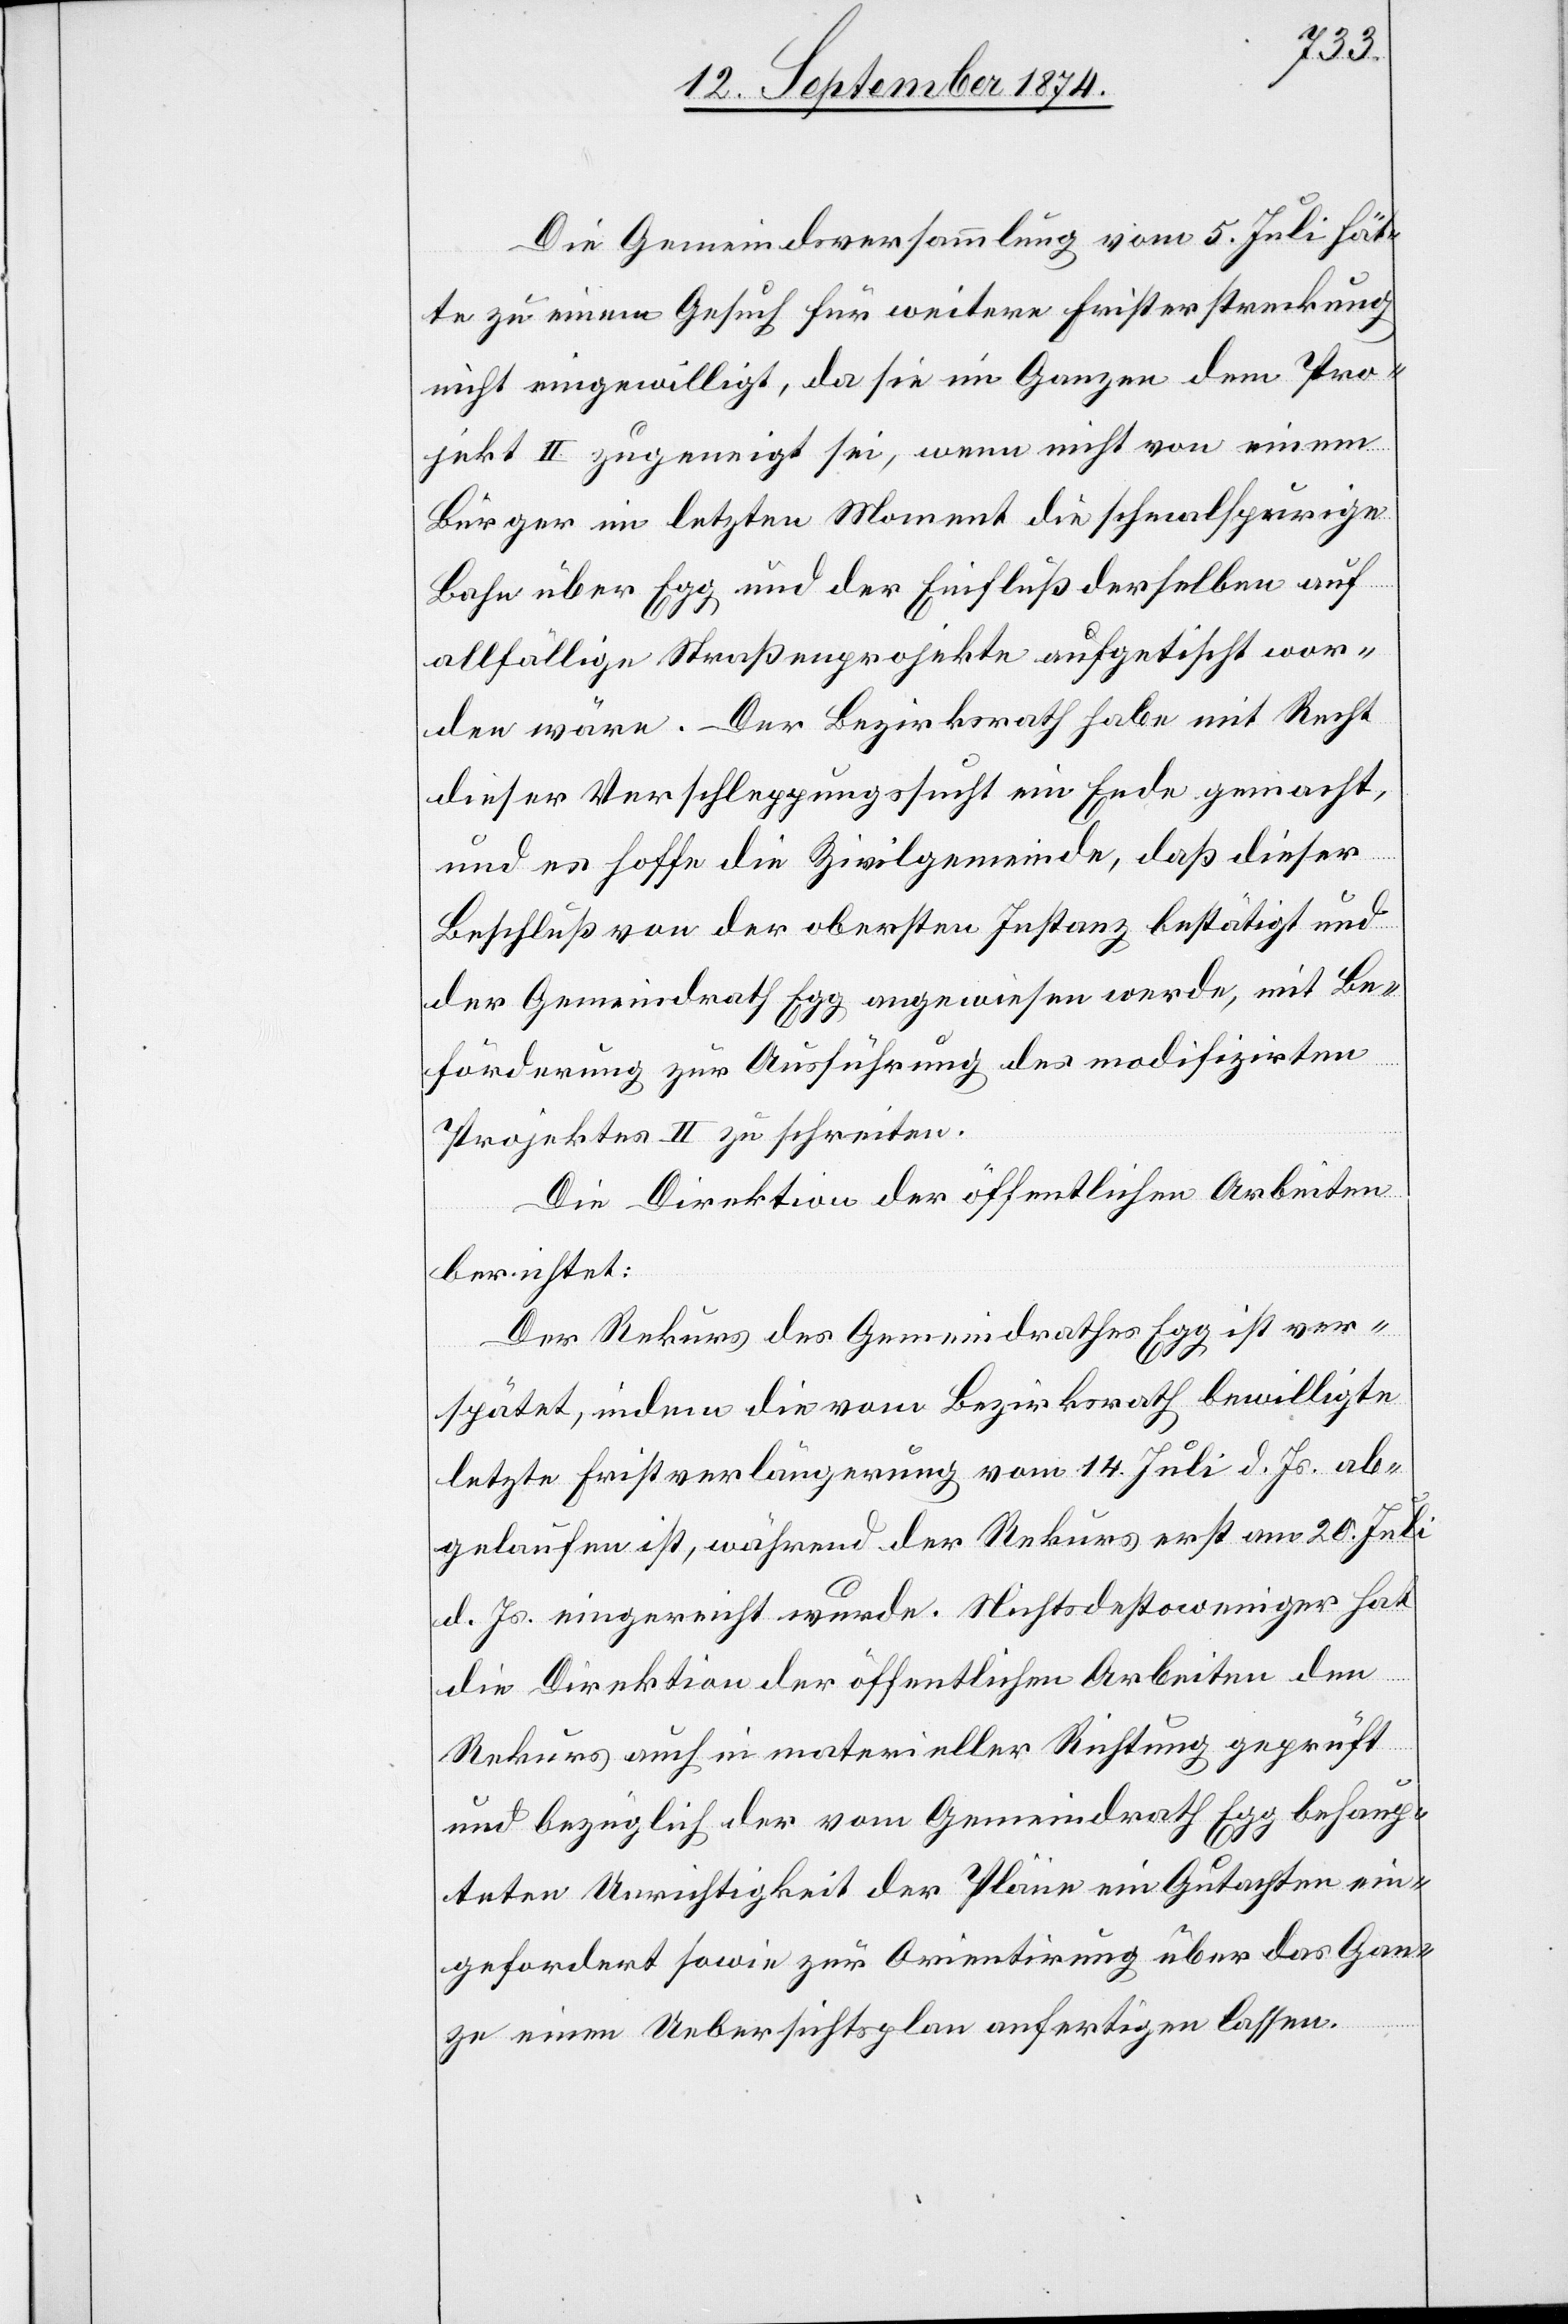
Die Gemeindeversammlung vom 5. Juli hät¬
te zu einem Gesuch für weitere Fristerstreckung
nicht eingewilligt, da sie im Ganzen dem Pro¬
jekt II zugeneigt sei, wenn nicht von einem
Bürger im letzten Moment die schmalspurige
Bahn über Egg und der Einfluß derselben auf
allfällige Straßenprojekte aufgetischt wor¬
den wäre. Der Bezirksrath habe mit Recht
dieser Verschleppungssucht ein Ende gemacht,
und es hoffe die Zivilgemeinde, daß dieser
Beschluß von der obersten Instanz bestätigt und
der Gemeindrath Egg angewiesen werde, mit Be¬
förderung zur Ausführung des modifizirten
Projektes II zu schreiten.
Die Direktion der öffentlichen Arbeiten
berichtet:
Der Rekurs des Gemeindrathes Egg ist ver¬
spätet, indem die vom Bezirksrath bewilligte
letzte Fristverlängerung vom 14, Juli d. Js. ab¬
gelaufen ist, während der Rekurs erst am 20. Juli
d. Js. eingereicht wurde. Nichtsdestoweniger hat
die Direktion der öffentlichen Arbeiten den
Rekurs auch in materieller Richtung geprüft
und bezüglich der vom Gemeindrath Egg behaup¬
teten Unrichtigkeit der Pläne ein Gutachten ein¬
gefordert sowie zur Orientirung über das Gan¬
ze einen Uebersichtsplan anfertigen lassen.